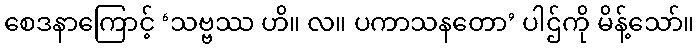
စေဒနာကြောင့် ‘သဗ္ဗဿ ဟိ။ လ။ ပကာသနတော’ ပါဌ်ကို မိန့်သော်။